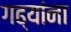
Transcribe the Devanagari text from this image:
गढ्यांना